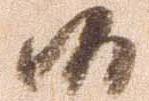
候